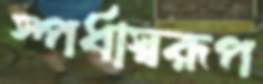
স্পর্ধাস্বরূপ